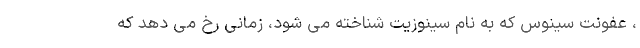
، عفونت سینوس که به نام سینوزیت شناخته می شود، زمانی رخ می دهد که